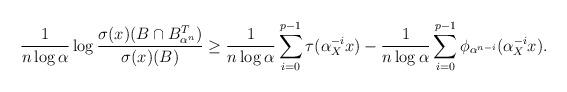
LaTeX: \begin{align*} \frac{1}{n \log \alpha} \log \frac{\sigma(x)(B \cap B_{\alpha^n}^T)}{\sigma(x)(B)} \geq \frac{1}{n \log \alpha} \sum_{i=0}^{p-1} \tau(\alpha_X^{-i}x) - \frac{1}{n\log \alpha} \sum_{i=0}^{p-1} \phi_{\alpha^{n-i}}(\alpha_X^{-i}x)\text.\end{align*}